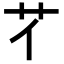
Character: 𦫻